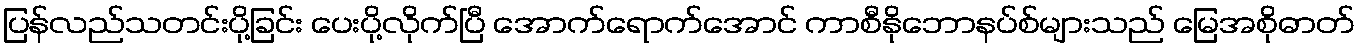
ပြန်လည်သတင်းပို့ခြင်း ပေးပို့လိုက်ပြီ အောက်ရောက်အောင် ကာစီနိုဘောနပ်စ်များသည် မြေအစိုဓာတ်